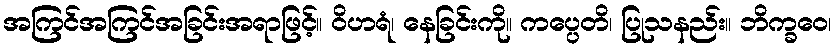
အကြင်အကြင်အခြင်းအရာဖြင့်။ ဝိဟရံ၊ နေခြင်းကို။ ကပ္ပေတိ၊ ပြုသနည်း။ ဘိက္ခဝေ၊